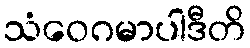
သံဝေဂမာပါဒီတိ